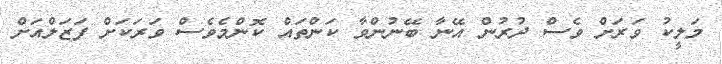
މަލީކު ވަރަށް ވެސް ދުރުން އޭނާ ބޭނުންވާ ކަންތައް ކޮންމެވެސް ވަރަކަށް ފަޒަލްއަށް